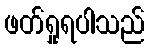
ဖတ်ရှုရပါသည်